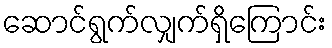
ဆောင်ရွက်လျှက်ရှိကြောင်း